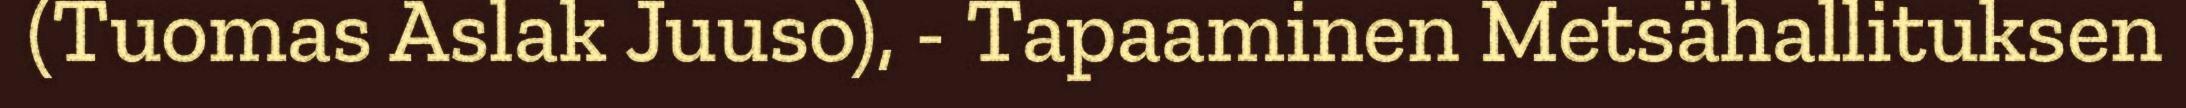
(Tuomas Aslak Juuso), - Tapaaminen Metsähallituksen